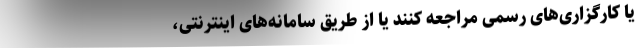
یا کارگزاری‌های رسمی مراجعه کنند یا از طریق سامانه‌های اینترنتی،